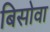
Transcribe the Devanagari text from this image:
बिसोवा